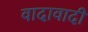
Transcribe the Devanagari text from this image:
वादावादी